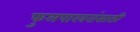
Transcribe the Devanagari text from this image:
फुलपाखरांसाठी